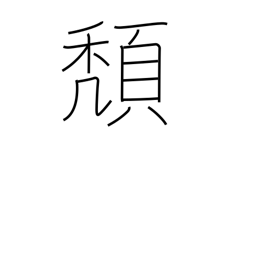
Meaning: slide